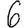
Digit: 6